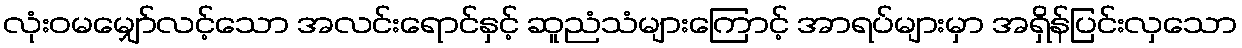
လုံးဝမမျှော်လင့်သော အလင်းရောင်နှင့် ဆူညံသံများကြောင့် အာရပ်များမှာ အရှိန်ပြင်းလှသော